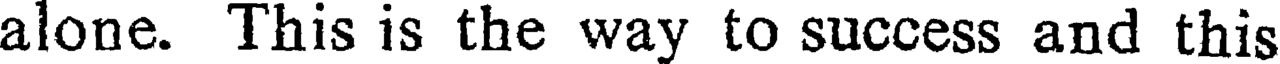
alone. This is the way to success and this